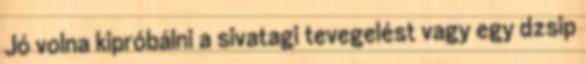
Jó volna kipróbálni a sivatagi tevegelést vagy egy dzsip